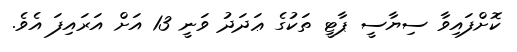
ކޮށްފައިވާ ސިޔާސީ ޕާޓީ ތަކުގެ ޢަދަދު ވަނީ 13 އަށް އަރައިފަ އެވެ.